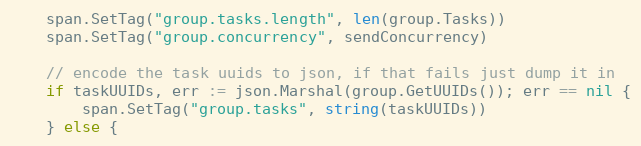
Language: Go
	span.SetTag("group.tasks.length", len(group.Tasks))
	span.SetTag("group.concurrency", sendConcurrency)

	// encode the task uuids to json, if that fails just dump it in
	if taskUUIDs, err := json.Marshal(group.GetUUIDs()); err == nil {
		span.SetTag("group.tasks", string(taskUUIDs))
	} else {